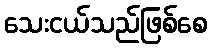
သေးငယ်သည်ဖြစ်စေ